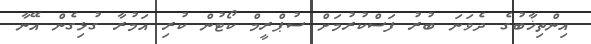
އިންތިޚާބުގެ ދެވަނަ ބުރު ފަސްކުރުމަށް ސުޕްރީމް ކޯޓުން ކުރި އަމުރާ ގުޅިގެން އޭނާ